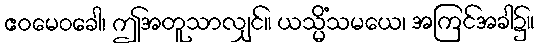
ဧဝမေဝခေါ၊ ဤအတူသာလျှင်။ ယသ္မိံသမယေ၊ အကြင်အခါ၌။